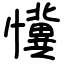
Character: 懻